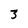
Character: 3